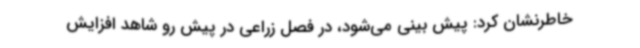
خاطرنشان کرد: پیش بینی می‌شود، در فصل زراعی در پیش رو شاهد افزایش